Lunatic asylums Bombay report 1878-1890 - 1878-1890
Year: 1878
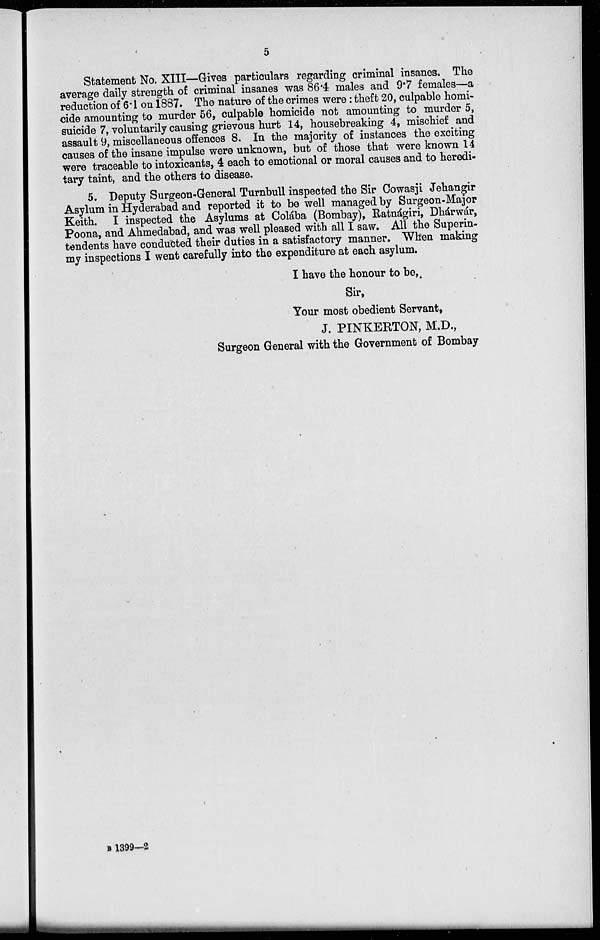
5
Statement No. XIII—Gives particulars regarding criminal insanes. The
average daily strength of criminal insanes was 86.4 males and 9.7 females—a
reduction of 6.1 on 1887. The nature of the crimes were: theft 20, culpable homi-
cide amounting to murder 56, culpable homicide not amounting to murder 5,
suicide 7, voluntarily causing grievous hurt 14, housebreaking 4, mischief and
assault 9, miscellaneous offences 8. In the majority of instances the exciting
causes of the insane impulse were unknown, but of those that were known 14
were traceable to intoxicants, 4 each to emotional or moral causes and to heredi-
tary taint, and the others to disease.
5. Deputy Surgeon-General Turnbull inspected the Sir Cowasji Jehangir
Asylum in Hyderabad and reported it to be well managed by Surgeon-Major
Keith. I inspected the Asylums at Colába (Bombay), Ratnágiri, Dhárwár,
Poona, and Ahmedabad, and was well pleased with all I saw. All the Superin-
tendents have conducted their duties in a satisfactory manner. When making
my inspections I went carefully into the expenditure at each asylum.
I have the honour to be,.
Sir,
Your most obedient Servant,
J. PINKERTON, M.D.,
Surgeon General with the Government of Bombay
B 1399—2